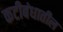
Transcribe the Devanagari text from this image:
कटीबंधातील